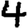
Digit: 4